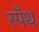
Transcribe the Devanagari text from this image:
स्पँथ